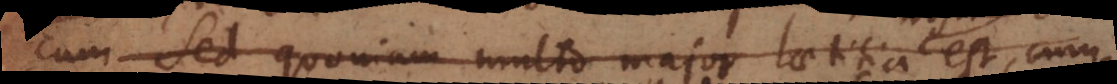
cum Sed quoniam multo major laetitia nostra es